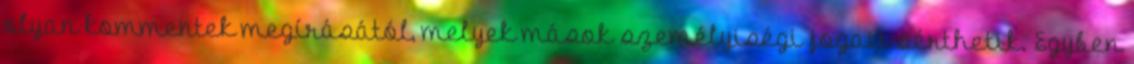
olyan kommentek megírásától, melyek mások személyiségi jogait sérthetik. Egyben